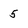
Character: 5